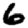
Digit: 6